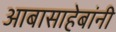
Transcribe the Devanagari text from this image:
आबासाहेबांनी